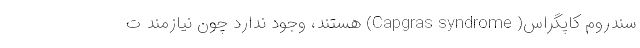
سندروم کاپگراس( Capgras syndrome) هستند، وجود ندارد چون نیازمند ت